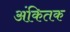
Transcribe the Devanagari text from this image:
अंकितक